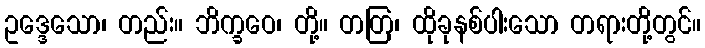
ဥဒ္ဒေသော၊ တည်း။ ဘိက္ခဝေ၊ တို့။ တတြ၊ ထိုခုနစ်ပါးသော တရားတို့တွင်။